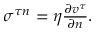
\begin{array} { r } { \sigma ^ { \tau n } = \eta \frac { \partial v ^ { \tau } } { \partial n } . } \end{array}